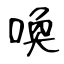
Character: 喚